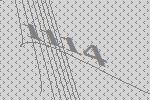
1114